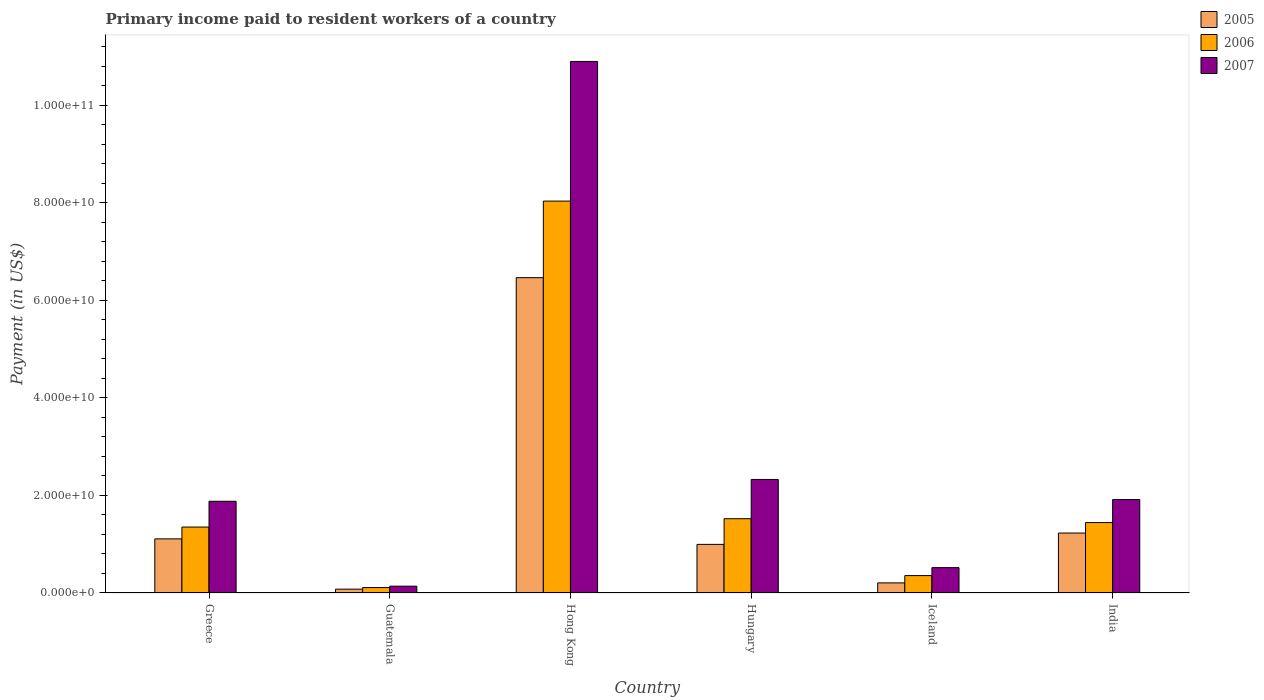
| Country | 2005 | 2006 | 2007 |
 | --- | --- | --- | --- |
 | Greece | 1.11e+10 | 1.35e+10 | 1.88e+10 |
 | Guatemala | 7.86e+08 | 1.12e+09 | 1.4e+09 |
 | Hong Kong | 6.47e+10 | 8.04e+10 | 1.09e+11 |
 | Hungary | 9.97e+09 | 1.52e+10 | 2.33e+10 |
 | Iceland | 2.07e+09 | 3.57e+09 | 5.2e+09 |
 | India | 1.23e+10 | 1.44e+10 | 1.92e+10 |